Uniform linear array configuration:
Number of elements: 32
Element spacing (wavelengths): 0.75
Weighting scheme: blackman
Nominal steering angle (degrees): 45
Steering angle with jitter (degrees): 45.425
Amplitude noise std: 0.05
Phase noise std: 0.05

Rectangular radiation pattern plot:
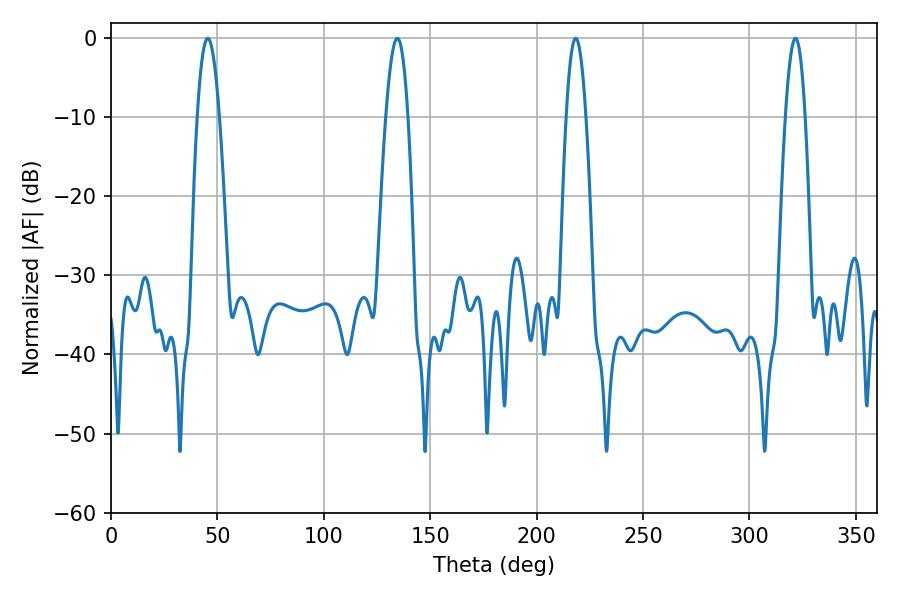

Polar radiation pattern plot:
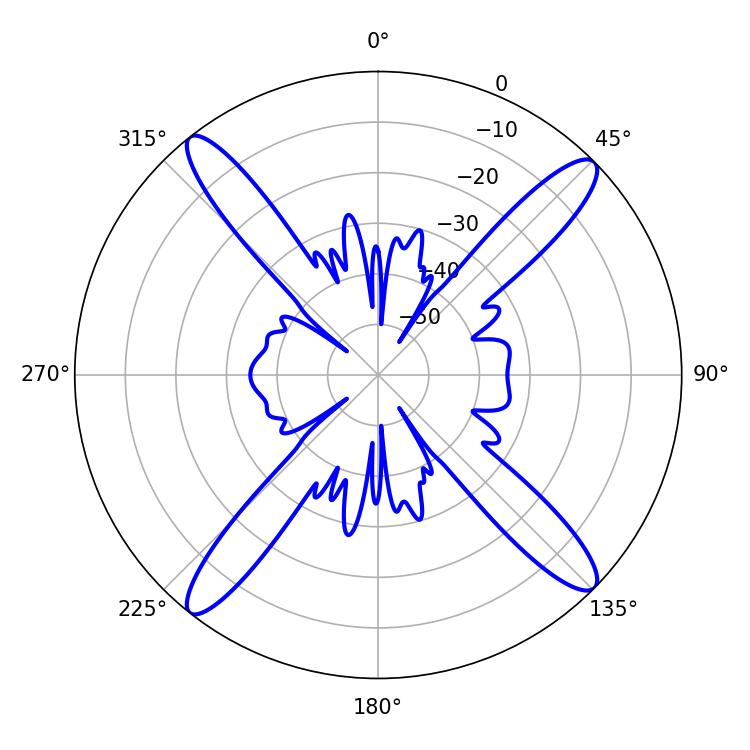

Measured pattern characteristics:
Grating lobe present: TRUE
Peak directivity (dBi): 17.644
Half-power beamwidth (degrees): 5.04
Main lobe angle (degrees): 218.34